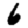
Digit: 6